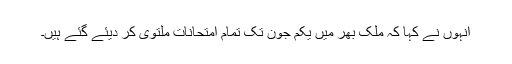
انہوں نے کہا کہ ملک بھر میں یکم جون تک تمام امتحانات ملتوی کر دیئے گئے ہیں۔